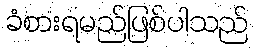
ခံစားရမည်ဖြစ်ပါသည်